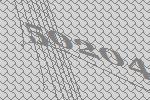
50204